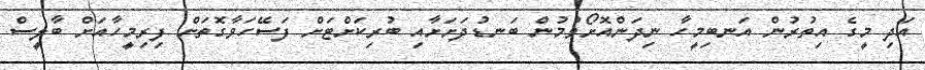
އަދި މީގެ އިތުރުން އަނބިމީހާ ނިދަންއޮށޯވުމުން ބަނޑުދަށަށާއި ބުރިކަށްޓަށް ފަސޭހަވާގޮތަށް ފިރިމީހާއަށް ބާލީސް